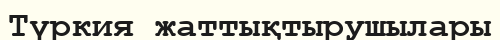
Түркия жаттықтырушылары